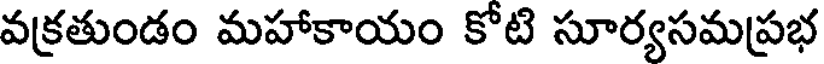
వక్రతుండం మహాకాయం కోటి సూర్యసమప్రభ